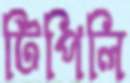
টিপিলি